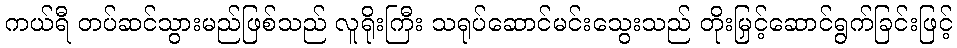
ကယ်ရီ တပ်ဆင်သွားမည်ဖြစ်သည် လူရိုးကြီး သရုပ်ဆောင်မင်းသွေးသည် တိုးမြှင့်ဆောင်ရွက်ခြင်းဖြင့်